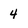
Character: 4